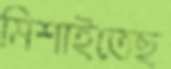
মিশাইতেছ